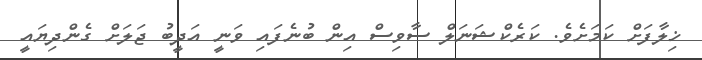
ޚިލާފަށް ކަމަށެވެ. ކަރެކްޝަނަލް ސާވިސް އިން ބުނެފައި ވަނީ އަދީބު ޖަލަށް ގެންދިޔައީ